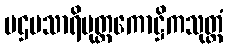
ပဌမသာရိပုတ္တကောဋ္ဌိကသုတ္တံ